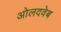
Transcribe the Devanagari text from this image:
ओलदवेब